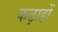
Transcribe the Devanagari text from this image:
कढ़ाहों